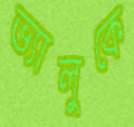
ভ্যালুকে